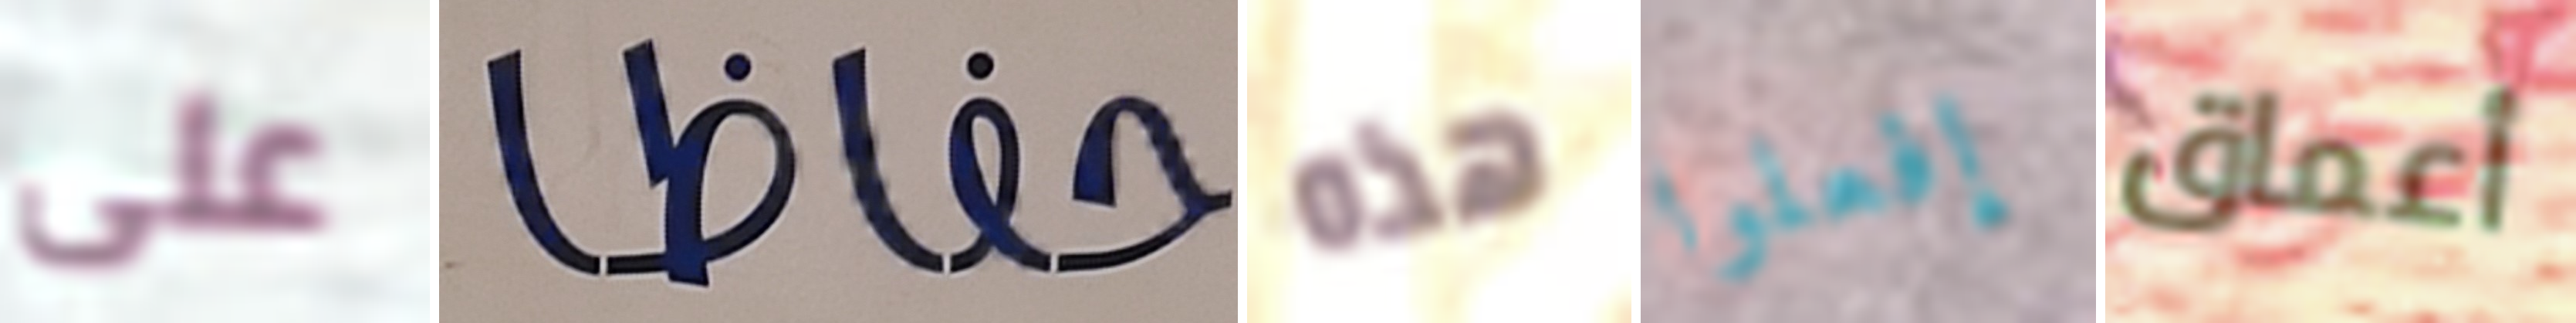
على حفاظا هذه إفعلوا أعماق